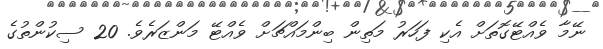
ނޭމާ ވެއްޓޭގޮތަށް އެކި ފަހަރު މަތިން ބިންމައްޗަށް ވެއްޓޭ މަންޒަރެވެ. 20 ސިކުންތުގެ